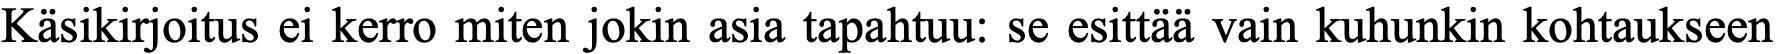
Käsikirjoitus ei kerro miten jokin asia tapahtuu: se esittää vain kuhunkin kohtaukseen